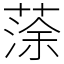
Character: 蒤